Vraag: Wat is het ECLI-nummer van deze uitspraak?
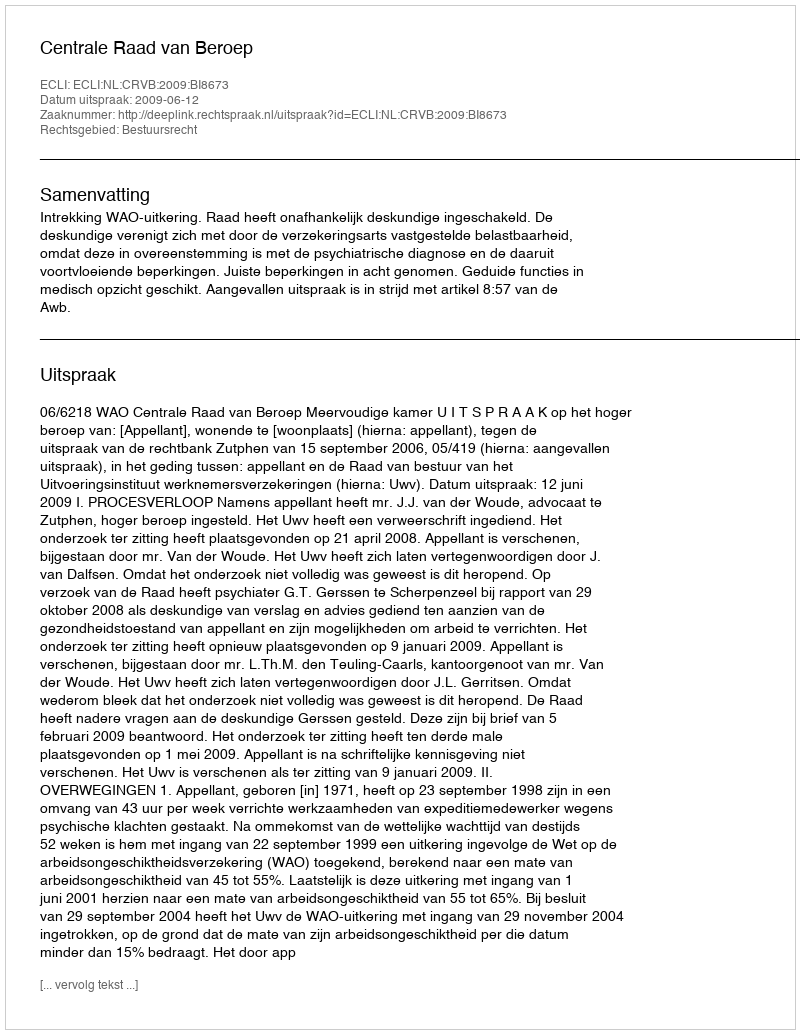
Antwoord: ECLI:NL:CRVB:2009:BI8673